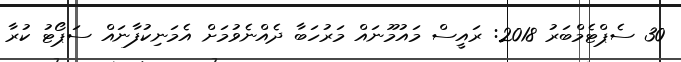
30 ސެޕްޓެމްބަރު 2018: ރައީސް މައުމޫނައް މަރުހަބާ ދެއްނެވުމަށް އެމަނިކުފާނައް ސަޕޯޓު ކުރާ